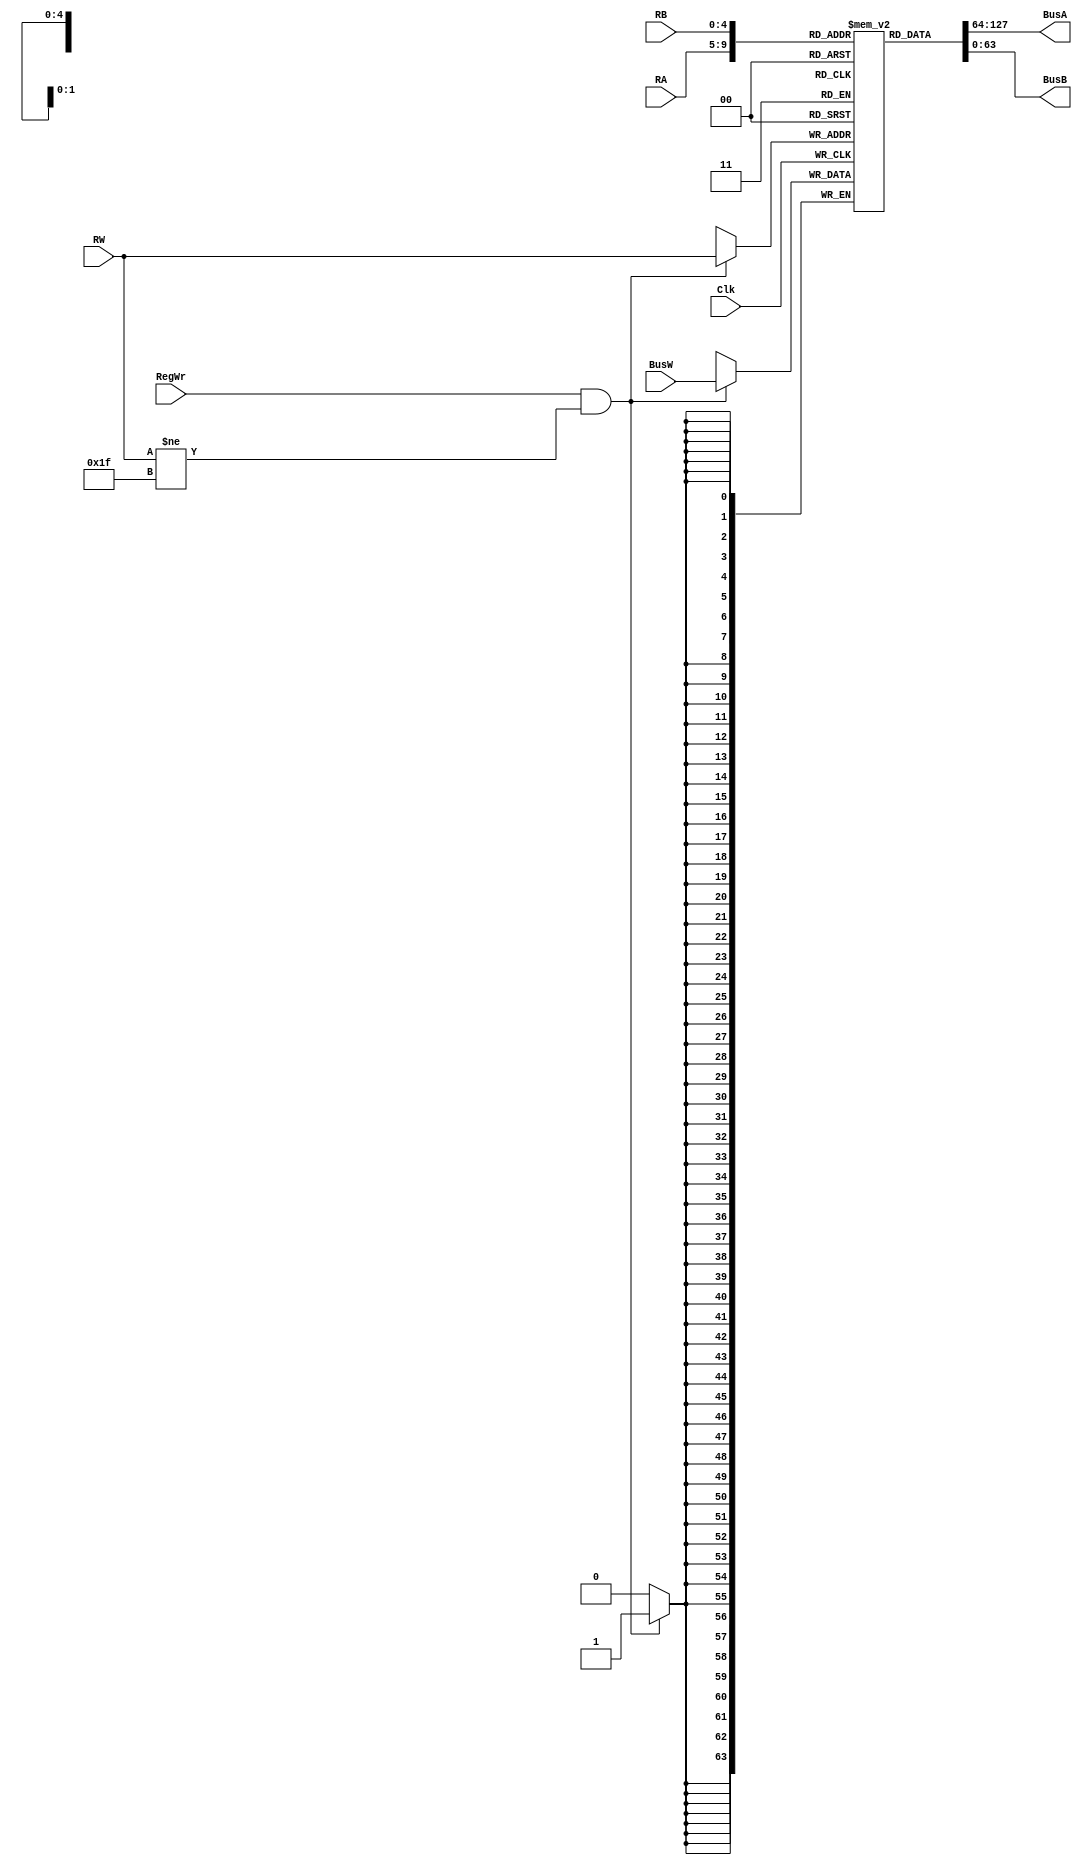
`timescale 1ns / 1ps


module RegisterFile(BusA, BusB, BusW, RA, RB, RW, RegWr, Clk);
    //output ports
    output [63:0] BusA;
    output [63:0] BusB;
    //write data
    input [63:0] BusW;
    //write address
    input [4:0] RW;
    //write enable
    input RegWr;
    //clock
    input Clk;
    //read addresses
    input [4:0] RA, RB;


    //internal nets
    reg [63:0] registers [31:0];


    assign  BusA = registers[RA];
    assign  BusB = registers[RB];


    initial begin
	registers[31] = 0;
    end

    /*
    always @(*) begin
        if(RA == 31) #2 BusA = 0;
	else #2 BusA = registers[RA];
	if(RB == 31) #2 BusB = 0;
	else #2 BusB = registers[RB];
    end
    */ 
    always @ (negedge Clk) begin
        if(RegWr && RW != 31)
            registers[RW] <= #3 BusW;
    end
endmodule